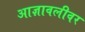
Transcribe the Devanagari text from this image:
आज्ञावलीवर